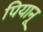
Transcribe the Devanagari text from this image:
पियानू